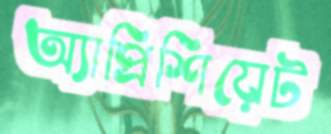
অ্যাপ্রিশিয়েট